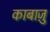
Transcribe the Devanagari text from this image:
काबाज़ु